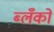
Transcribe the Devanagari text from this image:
ब्लँको